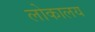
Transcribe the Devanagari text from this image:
लोकालय